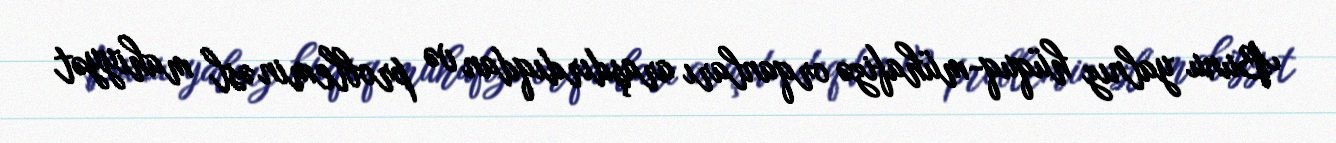
Bunu yalnız hüquq-mühafizə orqanları araşdırdıqdan və problemin əsl mahiyyət